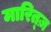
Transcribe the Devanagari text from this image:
मारित्ज़